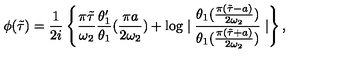
\phi ( \tilde { \tau } ) = \frac { 1 } { 2 i } \left\{ \frac { \pi \tilde { \tau } } { \omega _ { 2 } } \frac { \theta _ { 1 } ^ { \prime } } { \theta _ { 1 } } ( \frac { \pi a } { 2 \omega _ { 2 } } ) + \log \mid \frac { \theta _ { 1 } ( \frac { \pi ( \tilde { \tau } - a ) } { 2 \omega _ { 2 } } ) } { \theta _ { 1 } ( \frac { \pi ( \tilde { \tau } + a ) } { 2 \omega _ { 2 } } ) } \mid \right\} ,